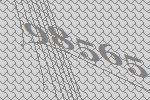
98565